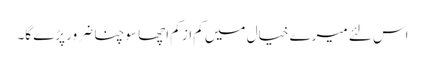
اس لئے میرے خیال میں کم از کم اچھا سوچنا ضرور پڑے گا۔